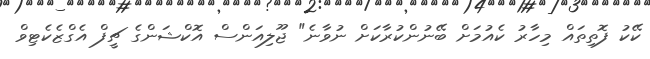
ކޭކު ފޮތިތައް މިހާރު ކެއުމަށް ބޭނުންކުރާކަށް ނުވާނެ" ޖޫލިއަންސް އޮކްޝަންގެ ޗީފް އެގްޒެކެޓިވް